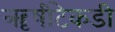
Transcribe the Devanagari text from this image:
ॠषीटेकडी